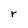
Character: r